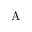
\textrm { Å }